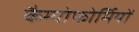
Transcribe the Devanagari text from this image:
कैम्पोफोर्मियों